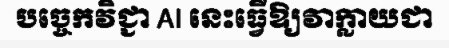
បច្ចេកវិជ្ជា AI នេះធ្វើឱ្យវាក្លាយជា